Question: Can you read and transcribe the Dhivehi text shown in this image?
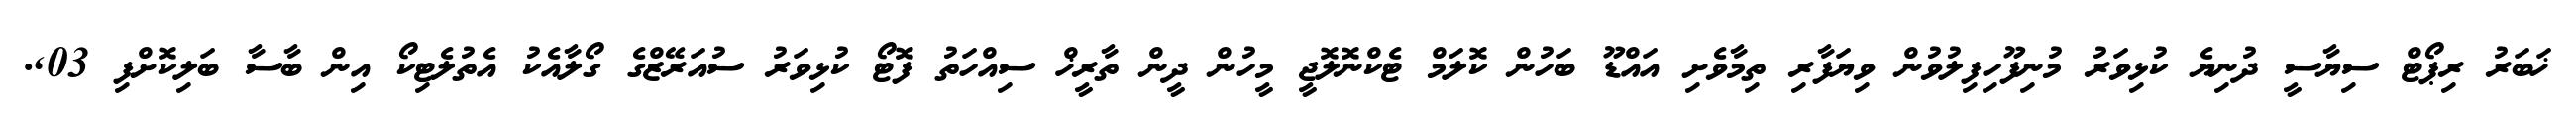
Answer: ޚަބަރު ރިޕޯޓް ސިޔާސީ ދުނިޔެ ކުޅިވަރު މުނިފޫހިފިލުވުން ވިޔަފާރި ތިމާވެށި އައްޑޫ ބަހުން ކޮލަމް ޓެކްނޮލޮޖީ މީހުން ދީން ތާރީޚް ސިއްހަތު ފޮޓޯ ކުޅިވަރު ސުއަރޭޒްގެ ގޯލާއެކު އެތުލެޓިކޯ އިން ބާސާ ބަލިކޮށްފި 03,.